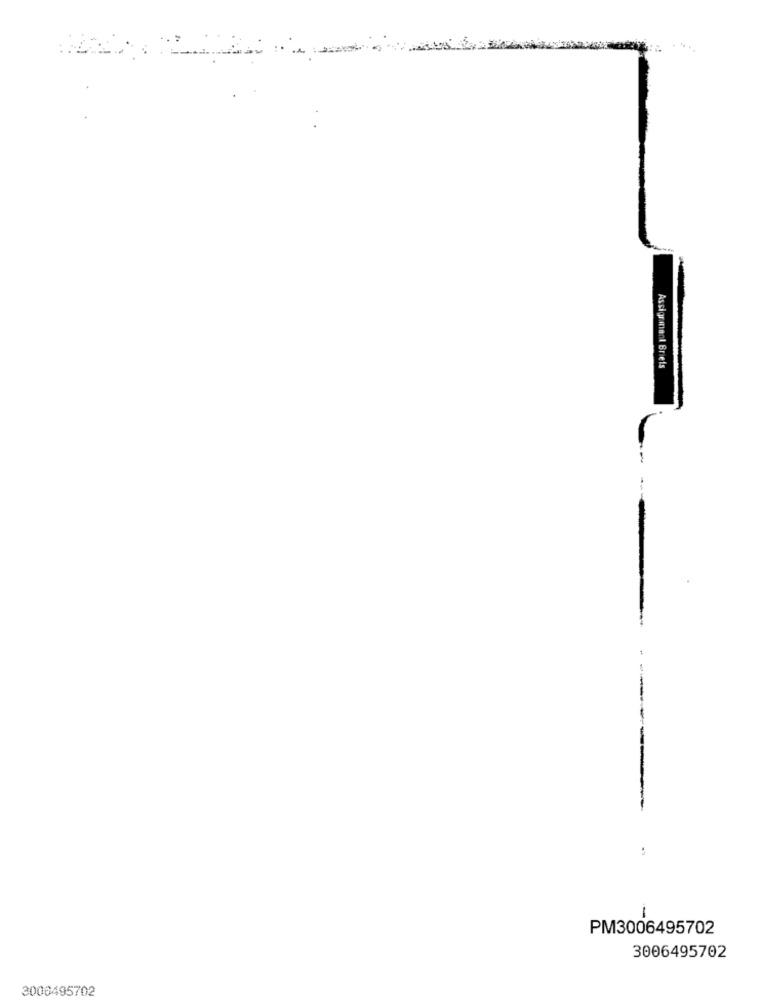
.:
Assignment Briels
---
PM3006495702
3006495702
3006495702